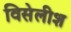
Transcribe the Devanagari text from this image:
विसेलीश